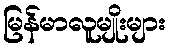
မြန်မာလူမျိုးများ